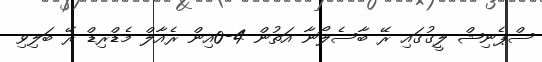
ސްޕެނިޝް ލީގުގައި ރޭ ބާސެލޯނާ އަތުން 4-0އިން ރެއާލް މެޑްރިޑް ރޭ ބަލިވި